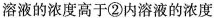
溶液的浓度高于②内溶液的浓度